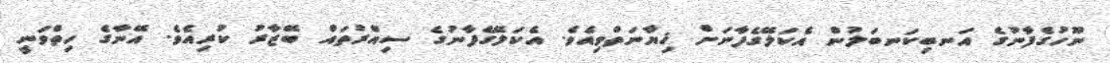
ނޫހުގެފާނުގެ އަނބިކަނބަލުން އެކަލޭގެފާނަށް ޚިޔާނަތްވިއެވެ. އެކަލޭގެފާނުގެ ސިއްރުތައް ބޭޒާރު ކުރިއެވެ. އޭނާގެ ހިތްވަނީ